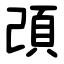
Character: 䪱